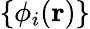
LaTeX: \{ \phi_{i}(\textbf{r})\}